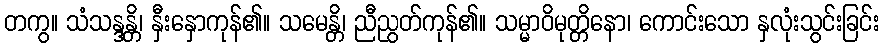
တကွ။ သံသန္ဒန္တိ၊ နှီးနှောကုန်၏။ သမေန္တိ၊ ညီညွတ်ကုန်၏။ သမ္မာဝိမုတ္တိနော၊ ကောင်းသော နှလုံးသွင်းခြင်း